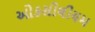
ઓકસીલીયમ